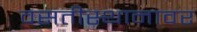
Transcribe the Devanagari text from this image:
वसतीस्थानावर